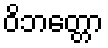
ဝိဘတ္တော